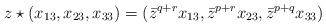
LaTeX: \begin{align*}z\star(x_{13},x_{23},x_{33}) = (\bar{z}^{q+r}x_{13},\bar{z}^{p+r}x_{23},\bar{z}^{p+q}x_{33})\end{align*}